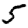
Digit: 5